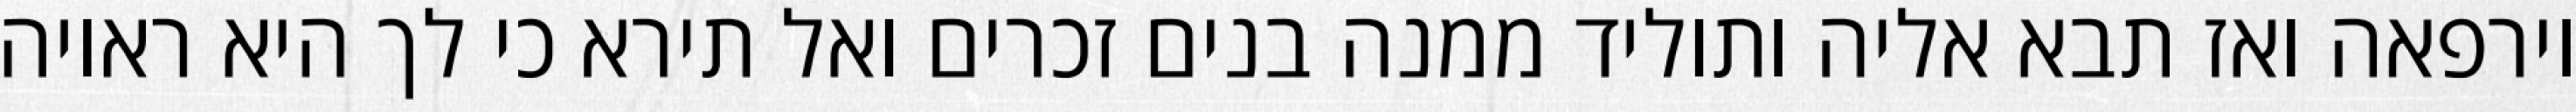
וירפאה ואז תבא אליה ותוליד ממנה בנים זכרים ואל תירא כי לך היא ראויה